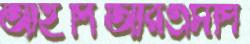
আইপিআরএসপি